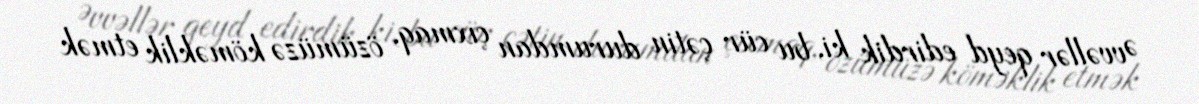
Əvvəllər qeyd edirdik ki, bu cür çətin durumdan çıxmaq, özümüzə köməklik etmək